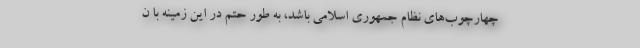
چهارچوب‌های نظام جمهوری اسلامی باشد، به طور حتم در این زمینه با ن